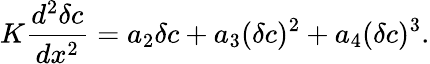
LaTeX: \begin{array}{l}{\displaystyle{K\frac{d^{2}\delta c}{dx^{2}}=a_{2}\delta c+a_{3}(\delta c)^{2}+a_{4}(\delta c)^{3}.}}\end{array}